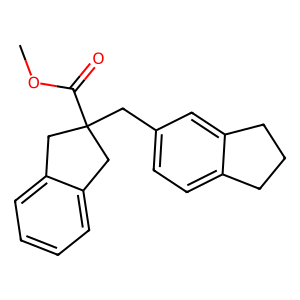
SMILES: COC(=O)C1(Cc2ccc3c(c2)CCC3)Cc2ccccc2C1
Inhibits HIV replication: No